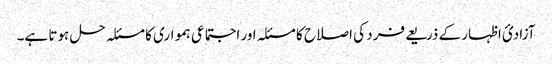
آزادئ اظہار کے ذریعے فرد کی اصلاح کا مسئلہ اور اجتماعی ہمواری کا مسئلہ حل ہوتا ہے۔